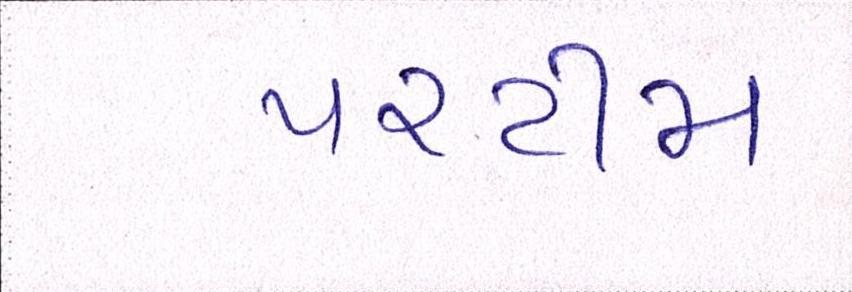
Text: પરટીમ